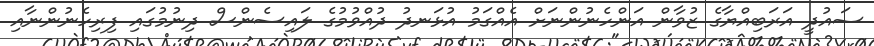
ސައުދީ އަރަބިއްޔާގެ ޒުވާން އަންހެނުންނަށް އެއްގަމު އުޅަނދު ދުއްވުމުގެ ލައިސެންސް ދިނުމުގައި ފިރިހެނުންނާއި